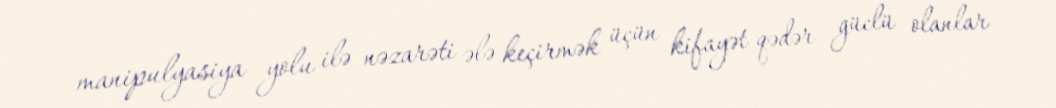
manipulyasiya yolu ilə nəzarəti ələ keçirmək üçün kifayət qədər güclü olanlar